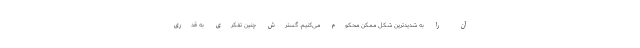
آن را به شدیدترین شکل ممکن محکوم می‌کنیم. گسترش چنین تفکری به قدری